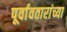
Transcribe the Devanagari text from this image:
पूर्वावतारांच्या